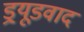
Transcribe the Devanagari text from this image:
ड्र्यूडवाद